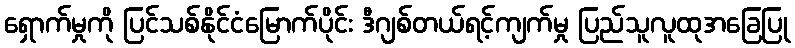
ရှောက်မှုကို ပြင်သစ်နိုင်ငံမြောက်ပိုင်း ဒီဂျစ်တယ်ရင့်ကျက်မှု ပြည်သူလူထုအခြေပြု